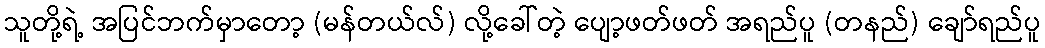
သူတို့ရဲ့ အပြင်ဘက်မှာတော့ (မန်တယ်လ်) လို့ခေါ်တဲ့ ပျော့ဖတ်ဖတ် အရည်ပူ (တနည်) ချော်ရည်ပူ